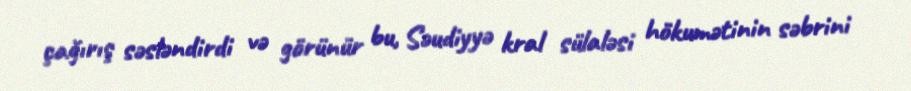
çağırış səsləndirdi və görünür bu, Səudiyyə kral sülaləsi hökumətinin səbrini